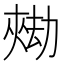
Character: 𱘺